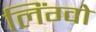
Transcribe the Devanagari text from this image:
लिंग्वो